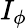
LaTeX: I_{\phi}